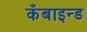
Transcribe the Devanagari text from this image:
कँबाइन्ड